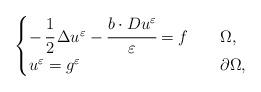
LaTeX: \begin{align*} \begin{cases}- \, \cfrac{1}{2} \, \Delta u^\varepsilon - \cfrac{b \cdot Du^\varepsilon}{\varepsilon} = f \ \ \ & \Omega, \\u^\varepsilon = g^\varepsilon \ \ \ & \partial \Omega,\end{cases}\end{align*}